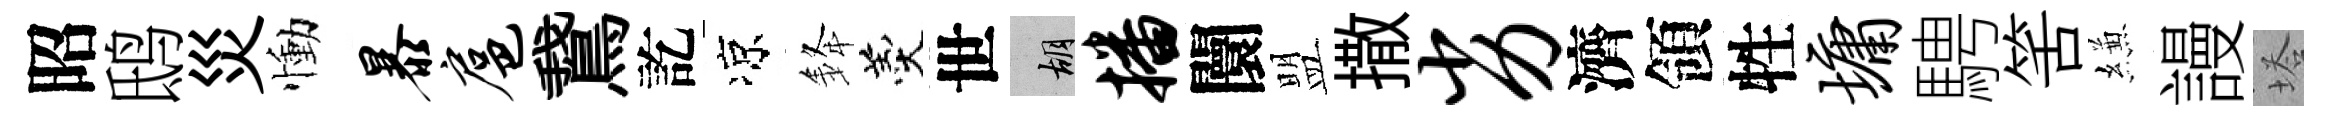
昭鸱災慟暴扈鵞訖凉𨦟羹世胡播闤盟撒劣濟領牲墉騁筈縑謾塔